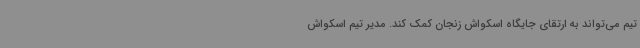
تیم می‌تواند به ارتقای جایگاه اسکواش زنجان کمک کند. مدیر تیم اسکواش